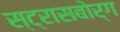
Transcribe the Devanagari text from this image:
स्ट्रासबोर्ग